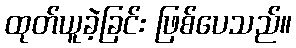
ထုတ်ယူခဲ့ခြင်း ဖြစ်ပေသည်။